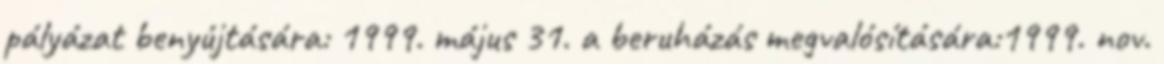
pályázat benyújtására: 1999. május 31. a beruházás megvalósítására:1999. nov.